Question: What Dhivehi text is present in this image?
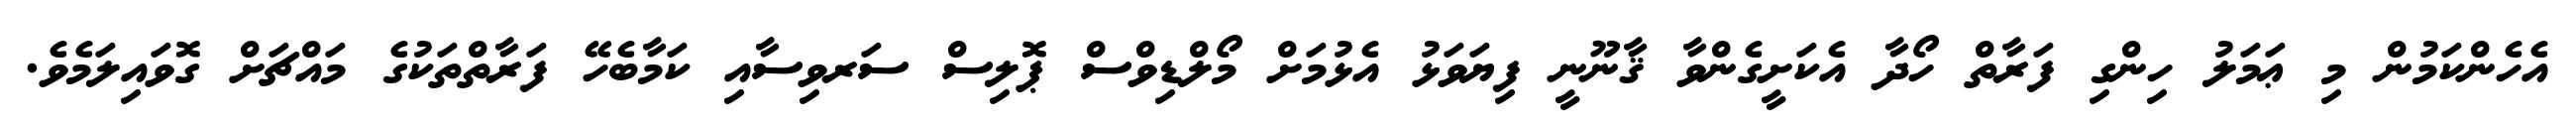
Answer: އެހެންކަމުން މި ޢަމަލު ހިންގި ފަރާތް ހޯދާ އެކަށީގެންވާ ޤާނޫނީ ފިޔަވަޅު އެޅުމަށް މޯލްޑިވްސް ޕޮލިސް ސަރވިސާއި ކަމާބެހޭ ފަރާތްތަކުގެ މައްޗަށް ގޮވައިލަމެވެ.